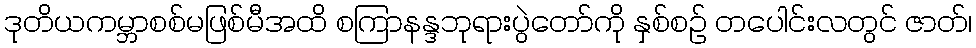
ဒုတိယကမ္ဘာစစ်မဖြစ်မီအထိ စကြာနန္ဒဘုရားပွဲတော်ကို နှစ်စဉ် တပေါင်းလတွင် ဇာတ်၊